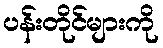
ပန်းတိုင်များကို